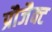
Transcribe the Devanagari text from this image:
प्रौजैक्ट